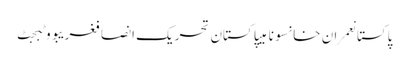
پاکستانعمران خانسونامیپاکستان تحریک انصافغریبووٹبجٹ